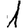
Digit: 1